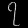
Digit: ၇